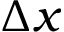
\Delta x